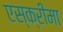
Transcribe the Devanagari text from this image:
एस्क्रीमा